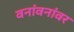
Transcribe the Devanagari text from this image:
वनांवनांवर